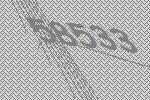
58533